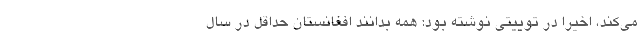
مي‌كند، اخيرا در توييتي نوشته بود: همه بدانند افغانستان حداقل در سال